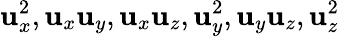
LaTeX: \mathbf{u}_{x}^{2},\mathbf{u}_{x}\mathbf{u}_{y},\mathbf{u}_{x}\mathbf{u}_{z},\mathbf{u}_{y}^{2},\mathbf{u}_{y}\mathbf{u}_{z},\mathbf{u}_{z}^{2}